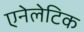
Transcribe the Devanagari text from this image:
एनेलेटिक